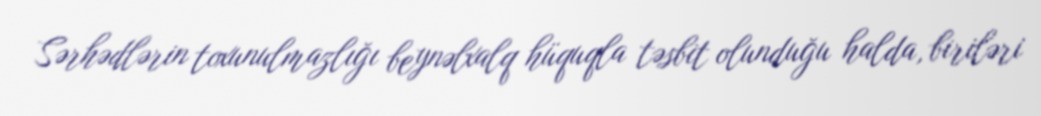
Sərhədlərin toxunulmazlığı beynəlxalq hüquqla təsbit olunduğu halda, biriləri